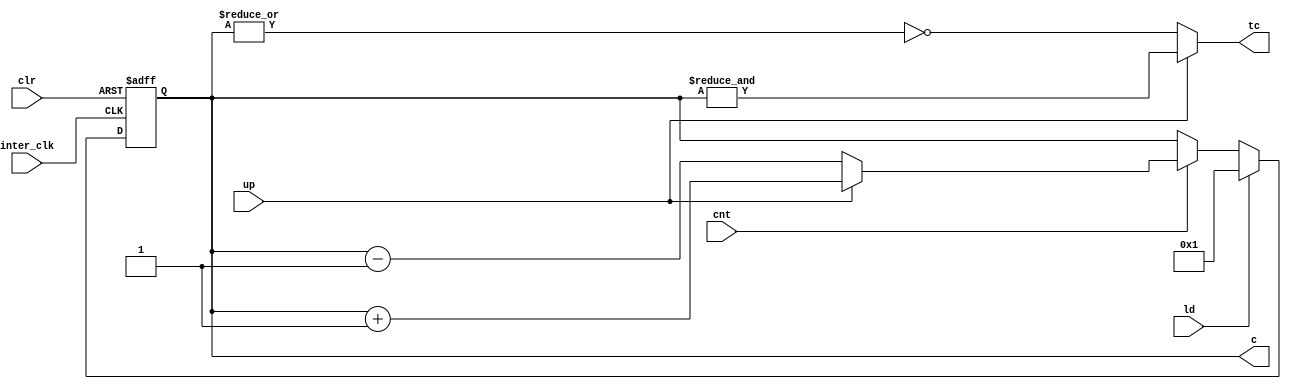
module ud_counter_block(inter_clk, clr, cnt, ld, up, c, tc);

input inter_clk, clr,cnt, ld, up;
parameter [3:0] num =4'b0001;

output tc;
output reg [3:0] c;

assign tc = (up == 1'b1)? &c : !(|c);

always @ (posedge inter_clk or negedge clr) 
begin

	if(clr == 0) 
	begin
		c <= 0;
	end
	else if (ld == 1)
	begin
		c <= num;
	end
	else
	begin
		if(cnt == 1)
		begin
			if(up == 1)
			begin
				c <= c + 1;
			end
			else
			begin
				c <= c - 1;
			end
		end
		else
		begin
			c <= c;
		end
	end
end

endmodule